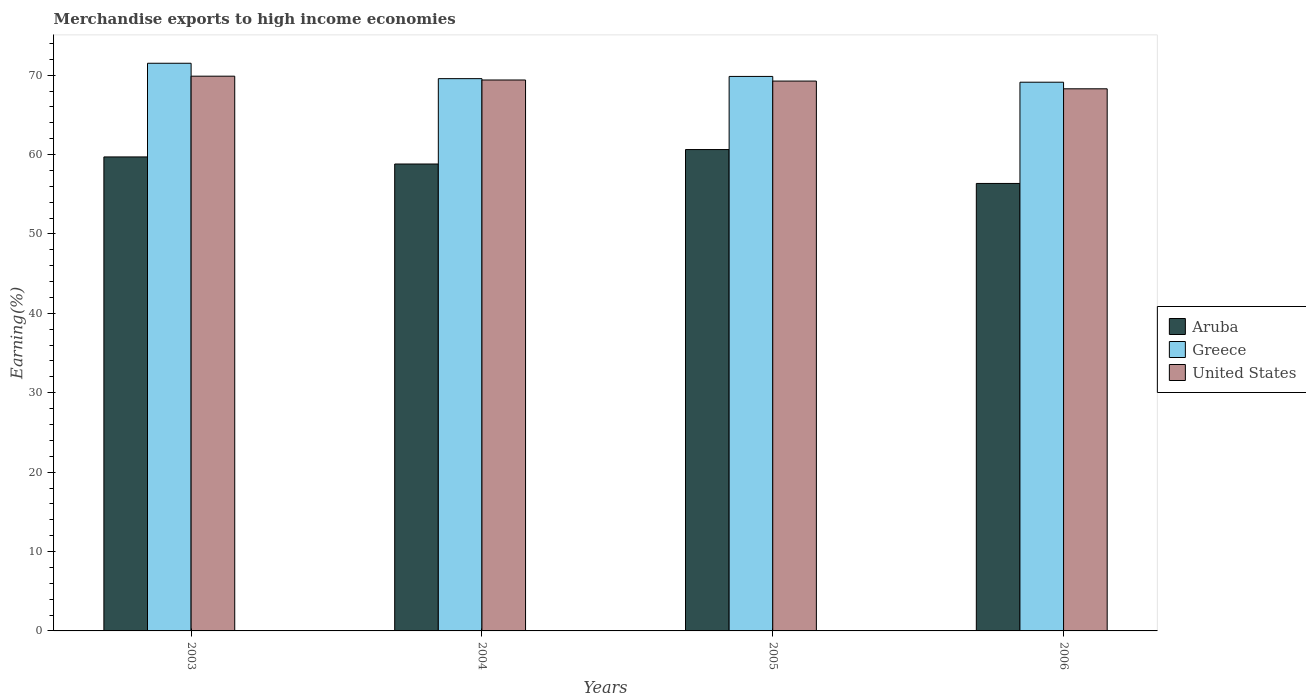
| Years | Aruba | Greece | United States |
 | --- | --- | --- | --- |
 | 2003 | 59.7 | 71.5 | 69.9 |
 | 2004 | 58.8 | 69.6 | 69.4 |
 | 2005 | 60.6 | 69.8 | 69.3 |
 | 2006 | 56.4 | 69.1 | 68.3 |